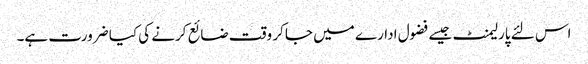
اس لئے پارلیمنٹ جیسے فضول ادارے میں جا کر وقت ضائع کرنے کی کیا ضرورت ہے۔